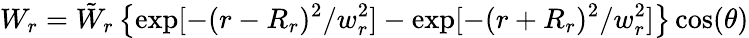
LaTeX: W_{r}=\tilde{W}_{r}\left\{ \exp[-(r-R_{r})^{2}/w_{r}^{2}]-\exp[-(r+R_{r})^{2}/w_{r}^{2}]\right\} \cos(\theta)